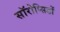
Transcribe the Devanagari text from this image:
सॉरोप्सिडों